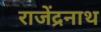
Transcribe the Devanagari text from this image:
राजेंद्रनाथ